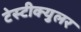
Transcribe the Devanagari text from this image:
टेस्टीक्युलर